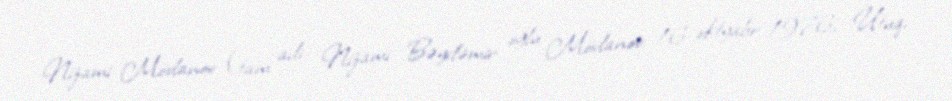
Nizami Mövlanov (tam adı: Nizami Bəydəmir oğlu Mövlanov; 16 oktyabr 1976, Utuq,